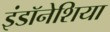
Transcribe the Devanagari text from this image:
इंडॉनेशिया